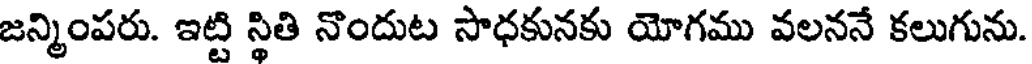
జన్మింపరు. ఇట్టి స్థితి నొందుట సాధకునకు యోగము వలననే కలుగును.